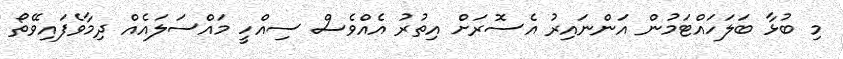
މި ބުޅާ ބަލަހައްޓަމުން އަންނައިރު އެސޮރަށް އިތުރު އެއްވެސް ސިއްހީ މައްސަލައެއް ދިމާވެފައިވޭތޯ